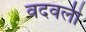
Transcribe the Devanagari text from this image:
वदवली